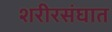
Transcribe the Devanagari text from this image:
शरीरसंघात